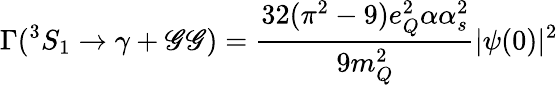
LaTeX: \Gamma(^{3}S_{1}\to\gamma+\mathscr{G}\mathscr{G})={\frac{{32(\pi^{2}-9)e_{Q}^{2}\alpha\alpha_{s}^{2}}}{{9m_{Q}^{2}}}}|\psi(0)|^{2}